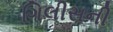
ગિલીસની